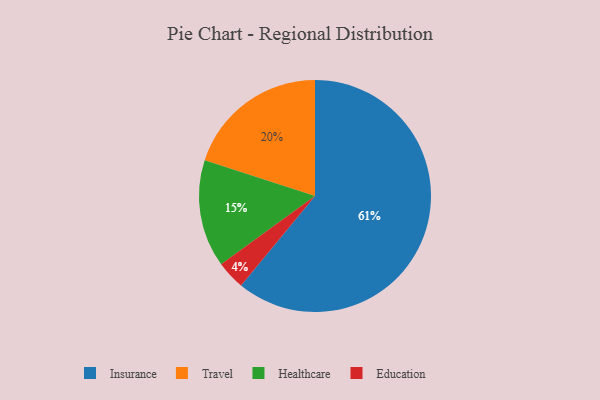
{"axis": {"x": "Category", "y": "Percentage"}, "legend": ["Education", "Healthcare", "Insurance", "Travel"], "data": [{"x": "Healthcare", "y": 15, "type": "Healthcare"}, {"x": "Education", "y": 4, "type": "Education"}, {"x": "Travel", "y": 20, "type": "Travel"}, {"x": "Insurance", "y": 61, "type": "Insurance"}]}